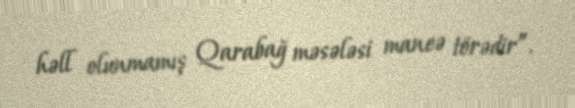
həll olunmamış Qarabağ məsələsi maneə törədir”.